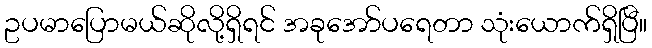
ဥပမာပြောမယ်ဆိုလို့ရှိရင် အခုအော်ပရေတာ သုံးယောက်ရှိပြီ။